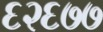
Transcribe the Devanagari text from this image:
६२६७७